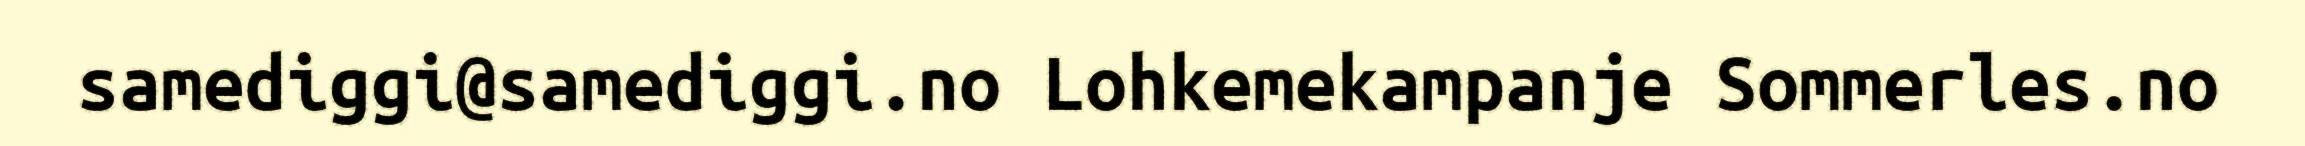
samediggi@samediggi.no Lohkemekampanje Sommerles.no